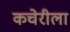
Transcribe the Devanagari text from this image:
कचेरीला